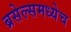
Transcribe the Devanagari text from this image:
ब्रसेल्समध्येच